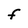
Character: F